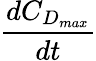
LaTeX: \frac{dC_{D_{max}}}{dt}